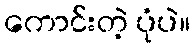
ကောင်းတဲ့ ပုံပဲ။